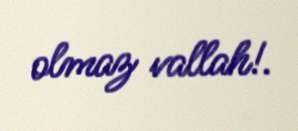
olmaz vallah!.